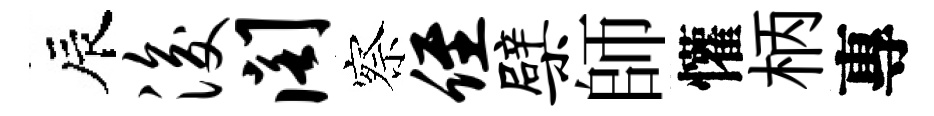
辰浚阁察侄檗師懽柄專